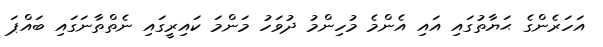
އަހަރެންގެ ޙަޔާތުގައި އައި އެންމެ މުހިންމު ދުވަހު މަންމަ ކައިރީގައި ނެތްތާނަގައި ބައްޕަ